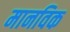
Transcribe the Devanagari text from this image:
मानविक